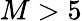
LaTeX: M>5